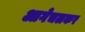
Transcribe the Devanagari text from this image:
आगेचलकर